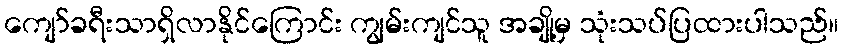
ကျော်ခရီးသာရှိလာနိုင်ကြောင်း ကျွမ်းကျင်သူ အချို့မှ သုံးသပ်ပြထားပါသည်။